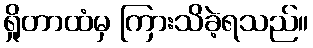
ရှိုတာထံမှ ကြားသိခဲ့ရသည်။